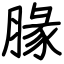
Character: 腞